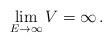
LaTeX: \begin{align*} \lim\limits_{E\to \infty} V = \infty \, .\end{align*}